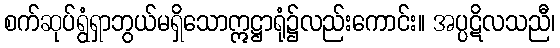
စက်ဆုပ်ရွံရှာဘွယ်မရှိသောဣဋ္ဌာရုံ၌လည်းကောင်း။ အပ္ပဋိလသညီ၊